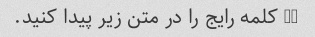
10 کلمه رایج را در متن زیر پیدا کنید.